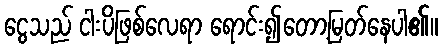
ငွေသည် ငါးပိဖြစ်လေရာ ရောင်း၍တော့မြတ်နေပါ၏။